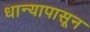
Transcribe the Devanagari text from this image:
धान्यापासून